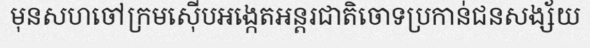
មុនសហចៅក្រមស៊ើបអង្កេតអន្តរជាតិចោទប្រកាន់ជនសង្ស័យ